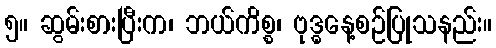
၅။ ဆွမ်းစားပြီးက၊ ဘယ်ကိစ္စ၊ ဗုဒ္ဓနေ့စဉ်ပြုသနည်း။